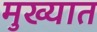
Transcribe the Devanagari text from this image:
मुख्यात